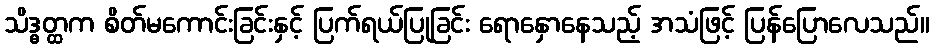
သိဒ္ဓတ္ထက စိတ်မကောင်းခြင်းနှင့် ပြက်ရယ်ပြုခြင်း ရောနှောနေသည့် အသံဖြင့် ပြန်ပြောလေသည်။